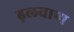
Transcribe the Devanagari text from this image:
ढ़लवाण